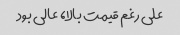
علی رغم قیمت بالا، عالی بود